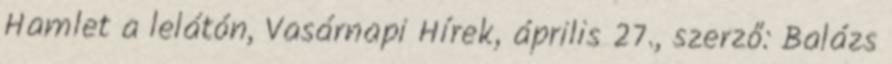
Hamlet a lelátón, Vasárnapi Hírek, április 27., szerző: Balázs